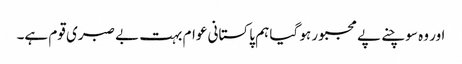
اور وہ سوچنے پے مجبور ہو گیا ہم پاکستانی عوام بہت بے صبری قوم ہے۔